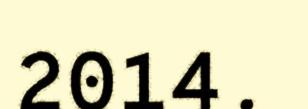
2014.